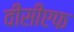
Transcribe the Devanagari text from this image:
वीसीएफ